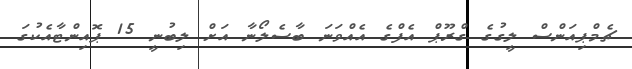
ޗެމްޕިއަންސް ލީގުގެ ގްރޫޕް އެފްގެ އެއްވަނަ ބާސެލޯނާ އަށް ލިބުނީ 15 ޕޮއިންޓާއެކުގަ